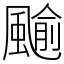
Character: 䬔